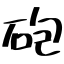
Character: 砲